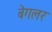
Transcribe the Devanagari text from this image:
बेगलर